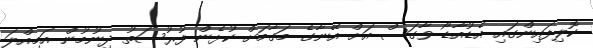
ކޮލިފައިންގައި އެޑުއާޑޯ ވާގަސް އަށް އޭނާގެ މަގާމަށް ކުޅެން ފުރުސަތު ދިނުމުން އަމިއްލަ